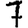
Digit: 7